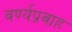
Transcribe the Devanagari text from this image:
वर्ण्यप्रवाह